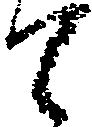
て